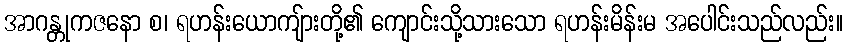
အာဂန္တုကဇနော စ၊ ရဟန်းယောကျ်ားတို့၏ ကျောင်းသို့သားသော ရဟန်းမိန်းမ အပေါင်းသည်လည်း။